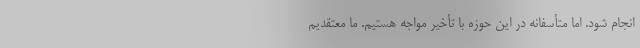
انجام شود. اما متأسفانه در این حوزه با تأخیر مواجه هستیم. ما معتقدیم